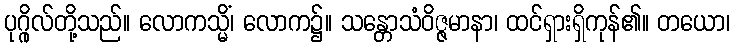
ပုဂ္ဂိုလ်တို့သည်။ လောကသ္မိံ၊ လောက၌။ သန္တောသံဝိဇ္ဇမာနာ၊ ထင်ရှားရှိကုန်၏။ တယော၊